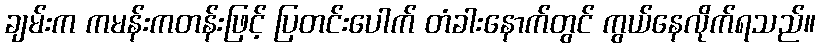
ချမ်းက ကမန်းကတန်းဖြင့် ပြတင်းပေါက် တံခါးနောက်တွင် ကွယ်နေလိုက်ရသည်။